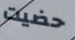
حضيت